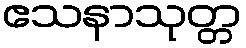
ဧသနာသုတ္တ